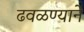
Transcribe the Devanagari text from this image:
ढवळण्याने